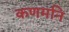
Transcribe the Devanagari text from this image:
कणमनि